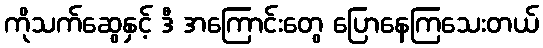
ကိုသက်ဆွေနှင့် ဒီ အကြောင်းတွေ ပြောနေကြသေးတယ်